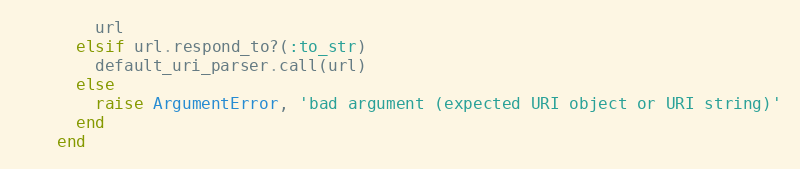
Language: Ruby
        url
      elsif url.respond_to?(:to_str)
        default_uri_parser.call(url)
      else
        raise ArgumentError, 'bad argument (expected URI object or URI string)'
      end
    end